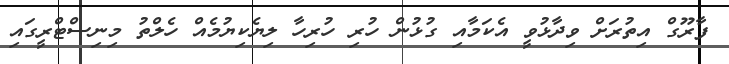
ފާރޫގް އިތުރަށް ވިދާޅުވީ އެކަމާއި ގުޅުން ހުރި ހުރިހާ ލިޔެކިޔުމެއް ހެލްތު މިނިސްޓްރީގައި